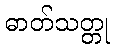
ဓာတ်သတ္တု